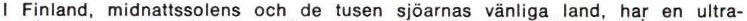
I Finland, midnattssolens och de tusen sjöarnas vänliga land, har en ultra-